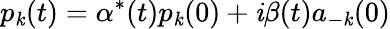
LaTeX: p_{\mathit{k}}(t)=\alpha^{*}(t)p_{\mathit{k}}(0)+\mathit{i}\beta(t)a_{-\mathit{k}}(0)